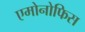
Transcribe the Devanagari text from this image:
एमोनोफिस